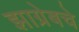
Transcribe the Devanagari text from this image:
झाग्रेबचे